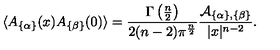
\langle A _ { \{ \alpha \} } ( x ) A _ { \{ \beta \} } ( 0 ) \rangle = { \frac { \Gamma \left( { \frac { n } { 2 } } \right) } { 2 ( n - 2 ) \pi ^ { \frac { n } { 2 } } } } { \frac { { \cal A } _ { \{ \alpha \} , \{ \beta \} } } { | x | ^ { n - 2 } } } .